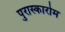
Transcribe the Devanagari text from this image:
पुरास्कारोम